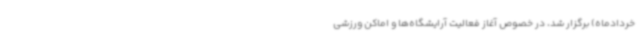
خردادماه) برگزار شد، در خصوص آغاز فعالیت آرایشگاه‌ها و اماکن ورزشی